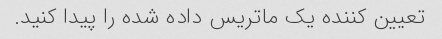
تعیین کننده یک ماتریس داده شده را پیدا کنید.